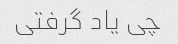
چی یاد گرفتی